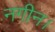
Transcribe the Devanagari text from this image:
नगीन।